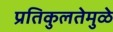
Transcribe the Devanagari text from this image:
प्रतिकुलतेमुळे